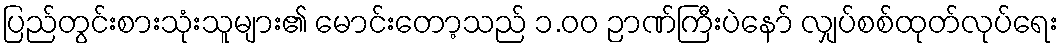
ပြည်တွင်းစားသုံးသူများ၏ မောင်းတော့သည် ၁.၀၀ ဉာဏ်ကြီးပဲနော် လျှပ်စစ်ထုတ်လုပ်ရေး